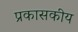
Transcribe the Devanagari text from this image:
प्रकासकीय